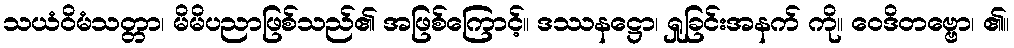
သယံဝိမံသတ္တာ၊ မိမိပညာဖြစ်သည်၏ အဖြစ်ကြောင့်။ ဒဿနဋ္ဌော၊ ရှုခြင်းအနက် ကို။ ဝေဒိတဗ္ဗော၊ ၏။